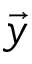
\vec { y }